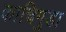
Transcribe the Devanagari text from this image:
काचिगुडा